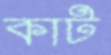
কাট